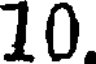
10.